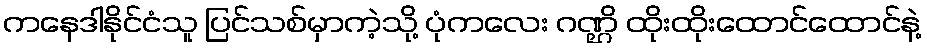
ကနေဒါနိုင်ငံသူ ပြင်သစ်မှာကဲ့သို့ ပုံကလေး ဂဏ္ဌိ ထိုးထိုးထောင်ထောင်နဲ့